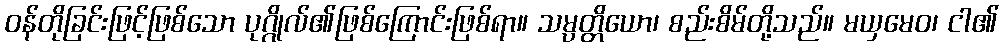
ဝန်တိုခြင်းဖြင့်ဖြစ်သော ပုဂ္ဂိုလ်၏ဖြစ်ကြောင်းဖြစ်ရာ။ သမ္ပတ္တိယော၊ စည်းစိမ်တို့သည်။ မယှမေဝ၊ ငါ၏